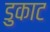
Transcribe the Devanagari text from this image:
डुकाट